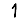
Digit: 1